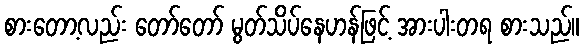
စားတော့လည်း တော်တော် မွတ်သိပ်နေဟန်ဖြင့် အားပါးတရ စားသည်။